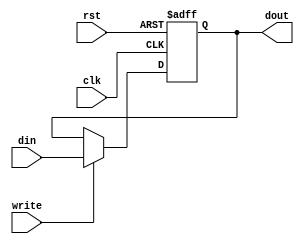
module reg_8_2(clk,rst,write,din,dout);

output [7:0] dout;
input  clk,rst,write;
input  [7:0] din;

reg [7:0] dout;

always @ (posedge clk or negedge rst)
	begin
		if(!rst)
			dout  <= 8'hf6;
		else 
		  if(write)
					 dout<=din;
		  else 
					 dout<=dout;
	end

endmodule